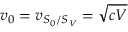
v _ { 0 } = v _ { S _ { 0 } / S _ { V } } = \sqrt { c V }